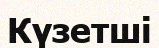
Күзетші